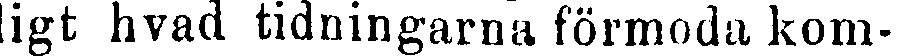
ligt hvad tidningarna förmoda kom-